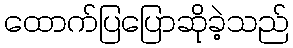
ထောက်ပြပြောဆိုခဲ့သည်